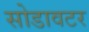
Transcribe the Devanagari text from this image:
सोडावटर